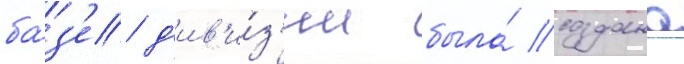
ба́з'е д'ив'и́з'ии была́ создана